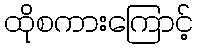
ထိုစကားကြောင့်